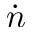
\Dot { n }